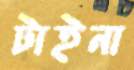
টাইনা